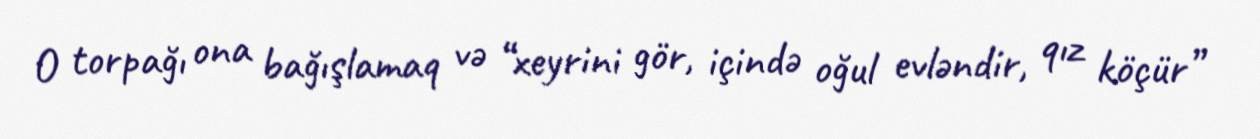
O torpağı ona bağışlamaq və “xeyrini gör, içində oğul evləndir, qız köçür”